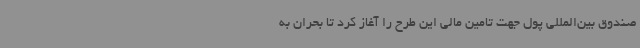
صندوق بین‌المللی پول جهت تامین مالی این طرح را آغاز کرد تا بحران به